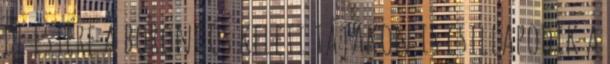
de estére a borongós keleti tájakon is csillapodik a